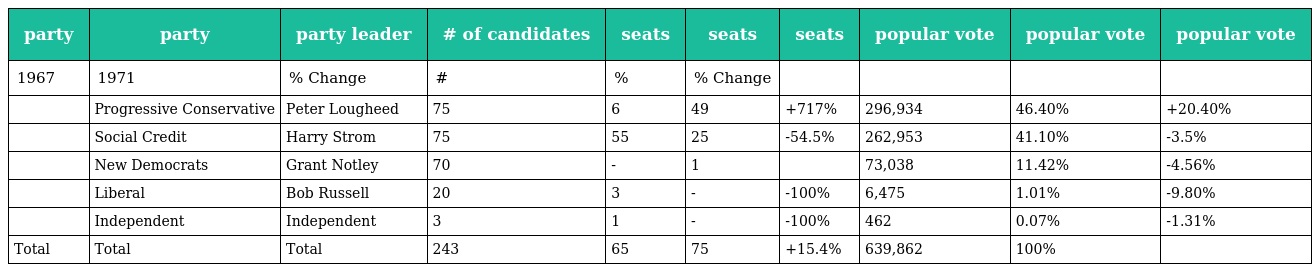
| party | party | party leader | # of candidates | seats | seats | seats | popular vote | popular vote | popular vote |
 | --- | --- | --- | --- | --- | --- | --- | --- | --- | --- |
 | 1967 | 1971 | % Change | # | % | % Change |  |  |  |  |
 |  | Progressive Conservative | Peter Lougheed | 75 | 6 | 49 | +717% | 296,934 | 46.40% | +20.40% |
 |  | Social Credit | Harry Strom | 75 | 55 | 25 | -54.5% | 262,953 | 41.10% | -3.5% |
 |  | New Democrats | Grant Notley | 70 | - | 1 |  | 73,038 | 11.42% | -4.56% |
 |  | Liberal | Bob Russell | 20 | 3 | - | -100% | 6,475 | 1.01% | -9.80% |
 |  | Independent | Independent | 3 | 1 | - | -100% | 462 | 0.07% | -1.31% |
 | Total | Total | Total | 243 | 65 | 75 | +15.4% | 639,862 | 100% |  |